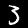
Digit: 3